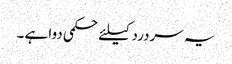
یہ سردرد کیلئے حکمی دوا ہے ۔